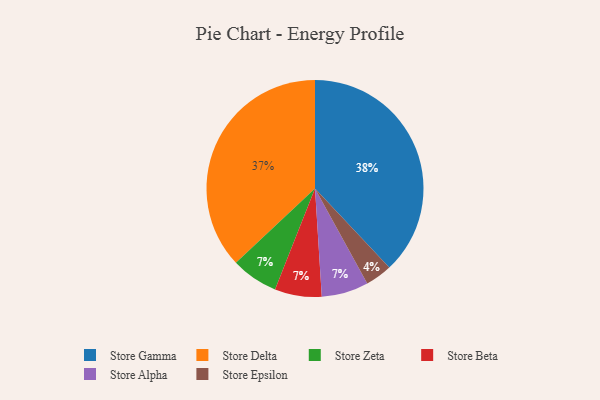
{"axis": {"x": "Category", "y": "Percentage"}, "legend": ["Store Alpha", "Store Beta", "Store Delta", "Store Epsilon", "Store Gamma", "Store Zeta"], "data": [{"x": "Store Gamma", "y": 38, "type": "Store Gamma"}, {"x": "Store Delta", "y": 37, "type": "Store Delta"}, {"x": "Store Epsilon", "y": 4, "type": "Store Epsilon"}, {"x": "Store Zeta", "y": 7, "type": "Store Zeta"}, {"x": "Store Beta", "y": 7, "type": "Store Beta"}, {"x": "Store Alpha", "y": 7, "type": "Store Alpha"}]}